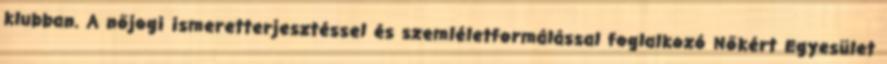
klubban. A nőjogi ismeretterjesztéssel és szemléletformálással foglalkozó Nőkért Egyesület